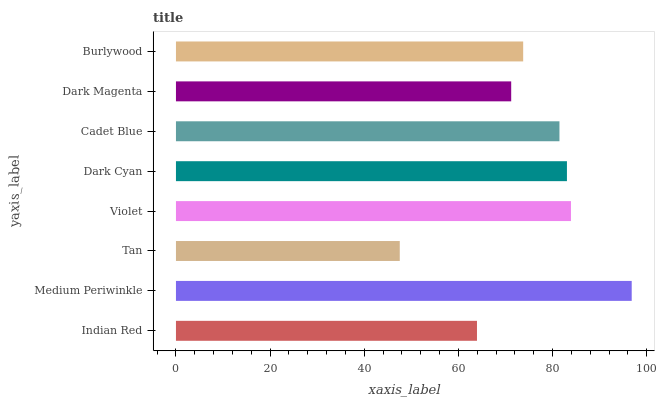
| yaxis_label | bars |
 | --- | --- |
 | Indian Red | 64 |
 | Medium Periwinkle | 96.8 |
 | Tan | 47.5 |
 | Violet | 83.9 |
 | Dark Cyan | 83.1 |
 | Cadet Blue | 81.5 |
 | Dark Magenta | 71.2 |
 | Burlywood | 73.8 |